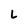
Character: L